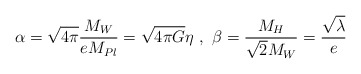
\begin{align*}\alpha=\sqrt{4\pi} \frac{M_W}{eM_{Pl}}=\sqrt{4\pi G}\eta \ , \ \beta=\frac{M_{H}}{\sqrt{2}M_W}=\frac{\sqrt{\lambda}}{e}\end{align*}